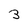
Character: 3